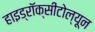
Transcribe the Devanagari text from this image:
हाइड्रॉक्सीटोल्यून